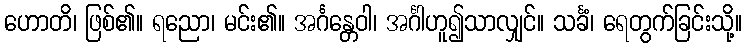
ဟောတိ၊ ဖြစ်၏။ ရညော၊ မင်း၏။ အင်္ဂန္တေဝါ၊ အင်္ဂါဟူ၍သာလျှင်။ သင်္ခံ၊ ရေတွက်ခြင်းသို့။